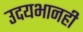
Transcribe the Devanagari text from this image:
उदयभानही